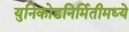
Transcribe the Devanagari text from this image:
युनिकोडनिर्मितीमध्ये